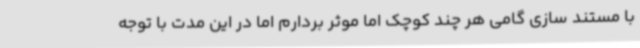
با مستند سازی گامی هر چند کوچک اما موثر بردارم اما در این مدت با توجه